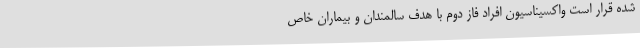
شده قرار است واکسیناسیون افراد فاز دوم با هدف سالمندان و بیماران خاص